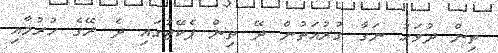
ތިން ދުވަހު ނަގާ ގުރުއަތުން ދޭ ތިން ޕެކޭޖުގައި ދެ ރޭގެ ހުރުމާއި